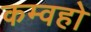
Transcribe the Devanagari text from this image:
कम्वहो